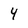
Character: 4